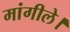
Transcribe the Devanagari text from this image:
मांगीले।